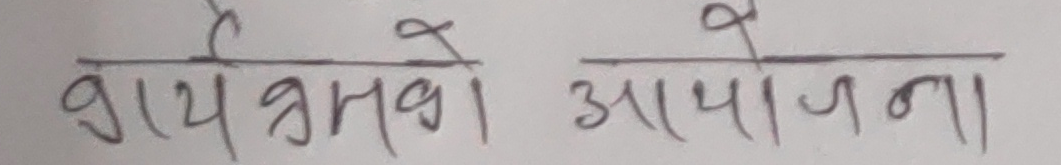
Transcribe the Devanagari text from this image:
शायद अभावले आयोजना